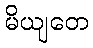
မိယျတေ